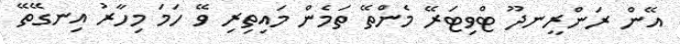
އޭން ރަންރީނދޫ ޓްވިޓަރޭ މެންތޭ ތަމެން މައިތިރި ވޭ ހަމަ މިހާރު އިނގޭތޭ